Plague in India, 1896, 1897 - Volume 2
Year: 1896
Disease focus: Plague
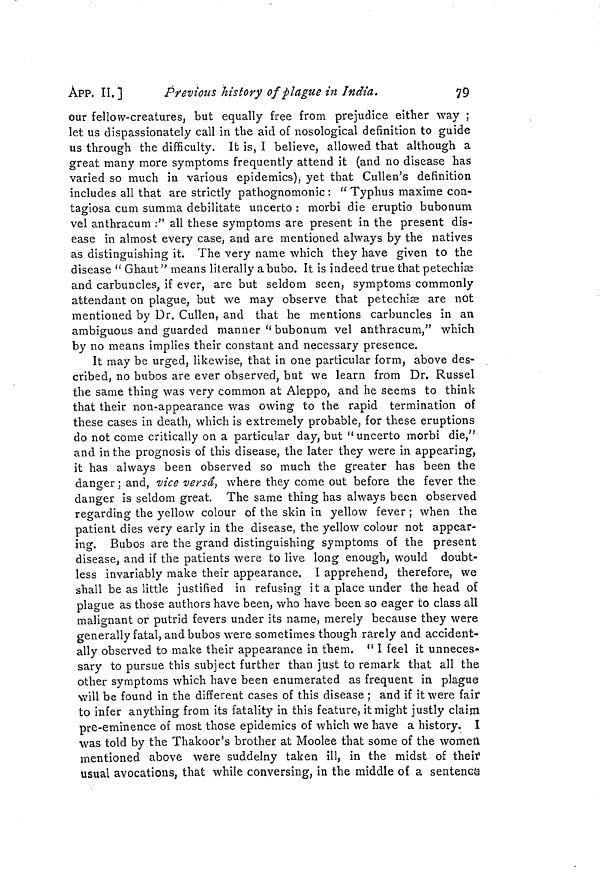
ÀPP. II. ]
Previous history of plague in India.
79
our fellow-creatures, but equally free from prejudice either way ;
let us dispassionately call in the aid of nosological definition to guide
us through the difficulty. It is, I believe, allowed that although a
great many more symptoms frequently attend it (and no disease has
varied so much in various epidemics), yet that Cullen's definition
includes all that are strictly pathognomonic : " Typhus máxime con-
tagiosa cum summa debilitate uncerto : morbi die eruptio bubonum
vel anthracum :" all these symptoms are present in the present dis-
ease in almost every case, and are mentioned always by the natives
as distinguishing it. The very name which they have given to the
disease " Ghaut" means literally a bubo. It is indeed true that petechise
and carbuncles, if ever, are but seldom seen, symptoms commonly
attendant on plague, but we may observe that petechias are not
mentioned by Dr. Cullen, and that he mentions carbuncles in an
ambiguous and guarded manner " bubonum vel anthracum," which
by no means implies their constant and necessary presence.
It may be urged, likewise, that in one particular form, above des-
cribed, no bubos are ever observed, but we learn from Dr. Rüssel
the same thing was very common at Aleppo, and he seems to think
that their non-appearance was owing to the rapid termination of
these cases in death, which is extremely probable, for these eruptions
do not come critically on a particular day, but "uncerto morbi die,"
and in the prognosis of this disease, the later they were in appearing,
it has always been observed so much the greater has been the
danger ; and, vice versa) where they come out before the fever the
danger is seldom great. The same thing has always been observed
regarding the yellow colour of the skin in yellow fever ; when the
patient dies very early in the disease, the yellow colour not appear-
ing. Bubos are the grand distinguishing symptoms of the present
disease, and if the patients were to live long enough, would doubt-
less invariably make their appearance. I apprehend, therefore, we
shall be as little justified in refusing it a place under the head of
plague as those authors have been, who have been so eager to class all
malignant or putrid fevers under its name, merely because they were
generally fatal, and bubos were sometimes though rarely and accident-
ally observed to make their appearance in them. " I feel it unneces-
sary to pursue this subject further than just to remark that all the
other symptoms which have been enumerated as frequent in plague
will be found in the different cases of this disease ; and if it were fair
to infer anything from its fatality in this feature, it might justly claim
pre-eminence of most those epidemics of which we have a history. I
was told by the Thakoor's brother at Moolee that some of the women
mentioned above were suddelny taken ill, in the midst of their
Usual avocations, that while conversing, in the middle of a sentence